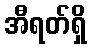
အီရတ်ရှိ